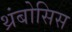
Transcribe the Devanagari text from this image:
थ्रंबोसिस